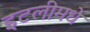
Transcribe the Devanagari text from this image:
इटलीमधे